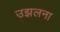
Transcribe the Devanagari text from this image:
उझलना